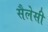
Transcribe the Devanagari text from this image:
सैलेसी